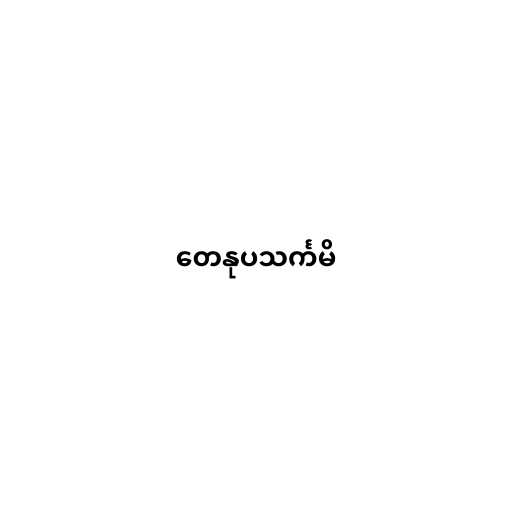
တေနုပသင်္ကမိ